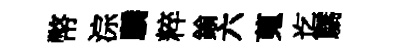
幣淙驕粹鍮六蒐迄驕